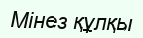
Мінез құлқы